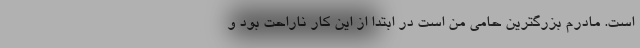
است. مادرم بزرگترین حامی من است در ابتدا از این کار ناراحت بود و